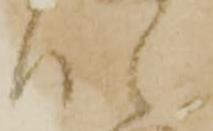
仕